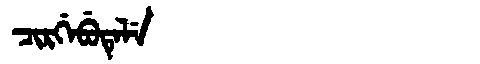
Manchu: ᠴᡳᡵᡤᡝᠪᡠᡨᡝᠯᡝ
Romanization: CIRGEBUTELE